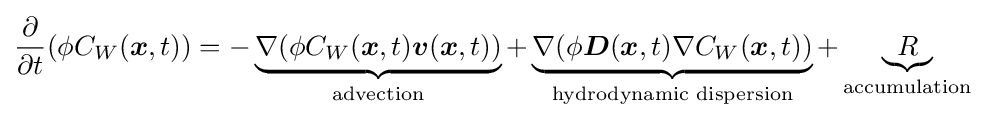
{\frac {\partial }{\partial t}}(\phi C_{W}({\boldsymbol {x}},t))=-\underbrace {\nabla (\phi C_{W}({\boldsymbol {x}},t){\boldsymbol {v}}({\boldsymbol {x}},t))} _{\text{advection}}+\underbrace {\nabla (\phi {\boldsymbol {D}}({\boldsymbol {x}},t)\nabla C_{W}({\boldsymbol {x}},t))} _{\text{hydrodynamic dispersion}}+\underbrace {R} _{\text{accumulation}}